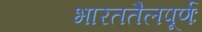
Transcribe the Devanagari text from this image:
भारततैलपूर्णः